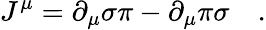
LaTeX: J^{\mu}=\partial_{\mu}\sigma\pi-\partial_{\mu}\pi\sigma\quad.